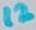
Text: 12